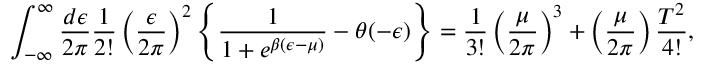
\int _ { - \infty } ^ { \infty } { \frac { d \epsilon } { 2 \pi } } { \frac { 1 } { 2 ! } } \left( { \frac { \epsilon } { 2 \pi } } \right) ^ { 2 } \left\{ { \frac { 1 } { 1 + e ^ { \beta ( \epsilon - \mu ) } } } - \theta ( - \epsilon ) \right\} = { \frac { 1 } { 3 ! } } \left( { \frac { \mu } { 2 \pi } } \right) ^ { 3 } + \left( { \frac { \mu } { 2 \pi } } \right) { \frac { T ^ { 2 } } { 4 ! } } ,